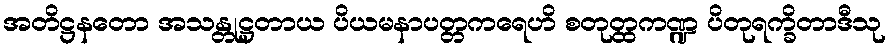
အတိဋ္ဌနတော အသန္တုဋ္ဌတာယ ပိယမနာပတ္တကရေဟိ စတုတ္ထကဏ္ဍ ပိတုရက္ခိတာဒီသု